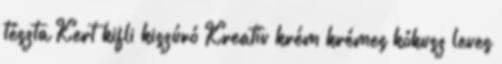
tészta Kert kifli kiszúró Kreatív krém krémes kókusz leves